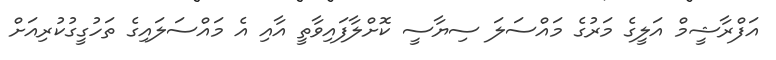
އަފްރާޝީމް އަލީގެ މަރުގެ މައްސަލަ ސިޔާސީ ކޮށްލާފައިވާތީ އާއި އެ މައްސަލައިގެ ތަހުގީގުކުރިއަށް